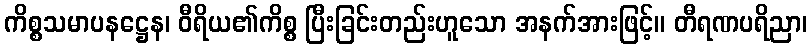
ကိစ္စသမာပနဋ္ဌေန၊ ဝီရိယ၏ကိစ္စ ပြီးခြင်းတည်းဟူသော အနက်အားဖြင့်။ တီရဏပရိညာ၊